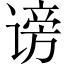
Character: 谤